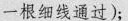
一根细线通过)；